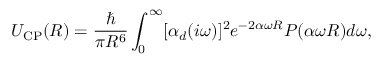
U _ { \mathrm { C P } } ( R ) = \frac { \hbar } { \pi R ^ { 6 } } \int _ { 0 } ^ { \infty } [ \alpha _ { d } ( i \omega ) ] ^ { 2 } e ^ { - 2 \alpha \omega R } P ( \alpha \omega R ) d \omega ,